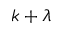
k + \lambda